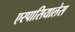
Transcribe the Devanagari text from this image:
एस्पासियालेस